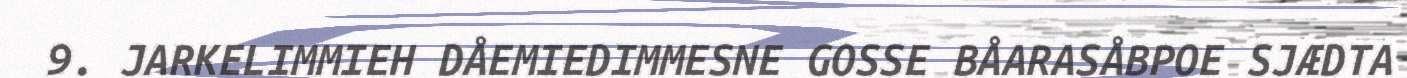
9. JARKELIMMIEH DÅEMIEDIMMESNE GOSSE BÅARASÅBPOE SJÆDTA